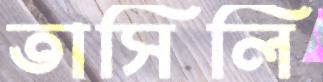
তাসিলি